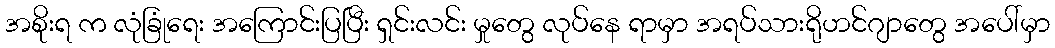
အစိုးရ က လုံခြုံရေး အကြောင်းပြပြီး ရှင်းလင်း မှုတွေ လုပ်နေ ရာမှာ အရပ်သားရိုဟင်ဂျာတွေ အပေါ်မှာ